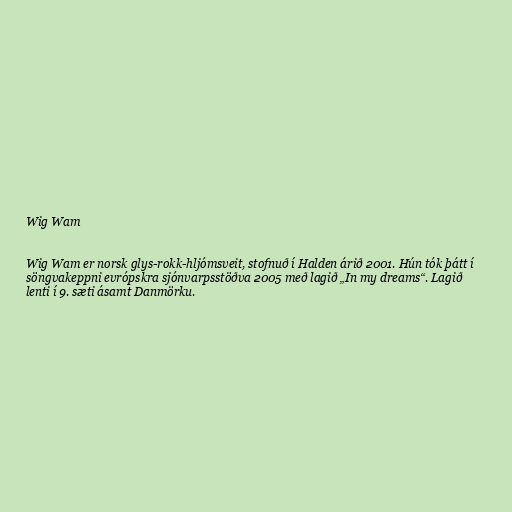
Wig Wam

Wig Wam er norsk glys-rokk-hljómsveit, stofnuð í Halden árið 2001. Hún tók þátt í
söngvakeppni evrópskra sjónvarpsstöðva 2005 með lagið „In my dreams“. Lagið
lenti í 9. sæti ásamt Danmörku.